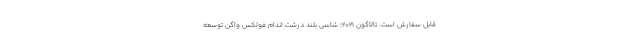
قابل سفارش است. تالاگون 2021؛ شاسی بلند درشت اندام فولکس واگن توسعه